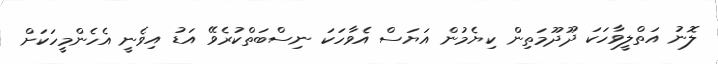
ލޮނު އަތްލީވާހަކަ ދޫދޫމަތިން ކިޔެމުން އަޔަސް އެވާހަކަ ނިސްބަތްކުރެވޭ އަޑު އިވެނީ އެހެންމީހަކަށް